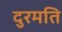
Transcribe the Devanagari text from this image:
दुरमति